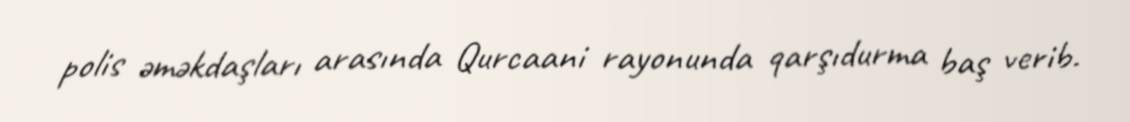
polis əməkdaşları arasında Qurcaani rayonunda qarşıdurma baş verib.